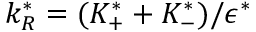
k _ { R } ^ { * } = ( K _ { + } ^ { * } + K _ { - } ^ { * } ) / \epsilon ^ { * }